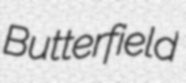
Butterfield